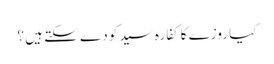
کیا روزے کا کفارہ سید کو دے سکتے ہیں ؟